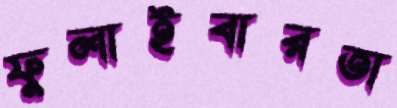
ফুলাইবারতা